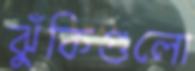
ঝুঁকিগুলো